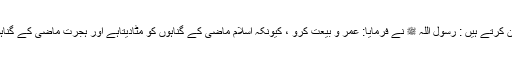
میں اس شرط پر بیعت کرنا چاہتاہوں کہ میرے ماضی کے گناہ معاف ہوجائیں ، عَمروبن عاصؓ بیان کرتے ہیں : رسول اللہ ﷺ نے فرمایا: عَمر و بیعت کرو ، کیونکہ اسلام ماضی کے گناہوں کو مٹادیتاہے اور ہجرت ماضی کے گناہوں کو مٹادیتی ہے ، وہ کہتے ہیں : پس میں نے بیعت کی اور میں چلاگیا ، (مُسندِاحمد:17777)‘‘۔